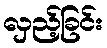
လှည့်ခြင်း